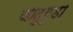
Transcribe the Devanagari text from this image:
जादुगुडा